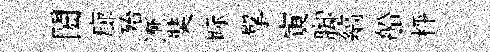
閎廊殆漸奘眎擘寅脚縞船枰